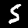
Digit: 5